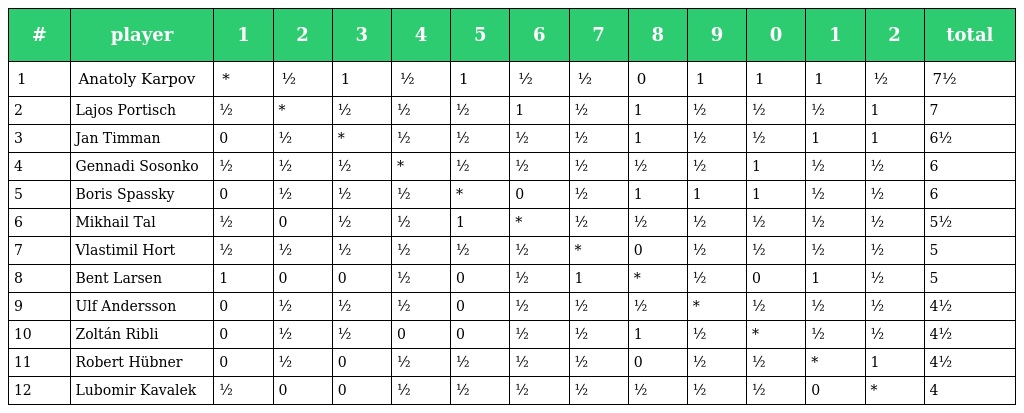
| # | player | 1 | 2 | 3 | 4 | 5 | 6 | 7 | 8 | 9 | 0 | 1 | 2 | total |
 | --- | --- | --- | --- | --- | --- | --- | --- | --- | --- | --- | --- | --- | --- | --- |
 | 1 | Anatoly Karpov | * | ½ | 1 | ½ | 1 | ½ | ½ | 0 | 1 | 1 | 1 | ½ | 7½ |
 | 2 | Lajos Portisch | ½ | * | ½ | ½ | ½ | 1 | ½ | 1 | ½ | ½ | ½ | 1 | 7 |
 | 3 | Jan Timman | 0 | ½ | * | ½ | ½ | ½ | ½ | 1 | ½ | ½ | 1 | 1 | 6½ |
 | 4 | Gennadi Sosonko | ½ | ½ | ½ | * | ½ | ½ | ½ | ½ | ½ | 1 | ½ | ½ | 6 |
 | 5 | Boris Spassky | 0 | ½ | ½ | ½ | * | 0 | ½ | 1 | 1 | 1 | ½ | ½ | 6 |
 | 6 | Mikhail Tal | ½ | 0 | ½ | ½ | 1 | * | ½ | ½ | ½ | ½ | ½ | ½ | 5½ |
 | 7 | Vlastimil Hort | ½ | ½ | ½ | ½ | ½ | ½ | * | 0 | ½ | ½ | ½ | ½ | 5 |
 | 8 | Bent Larsen | 1 | 0 | 0 | ½ | 0 | ½ | 1 | * | ½ | 0 | 1 | ½ | 5 |
 | 9 | Ulf Andersson | 0 | ½ | ½ | ½ | 0 | ½ | ½ | ½ | * | ½ | ½ | ½ | 4½ |
 | 10 | Zoltán Ribli | 0 | ½ | ½ | 0 | 0 | ½ | ½ | 1 | ½ | * | ½ | ½ | 4½ |
 | 11 | Robert Hübner | 0 | ½ | 0 | ½ | ½ | ½ | ½ | 0 | ½ | ½ | * | 1 | 4½ |
 | 12 | Lubomir Kavalek | ½ | 0 | 0 | ½ | ½ | ½ | ½ | ½ | ½ | ½ | 0 | * | 4 |